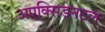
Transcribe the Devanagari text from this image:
अएक्सिडेनटल